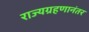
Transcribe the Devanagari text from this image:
राज्यग्रहणानंतर